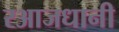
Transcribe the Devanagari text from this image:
रआजधानी